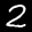
Label: 2